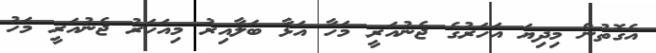
އެގޮތުން މިދިޔަ އަހަރުގެ ޖެނުއަރީ މަހާ އަޅާ ބަލާއިރު މިއަހަރު ޖެނުއަރީ މަހު